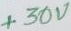
Text: +30V